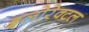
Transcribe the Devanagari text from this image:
इलोरेक्टल